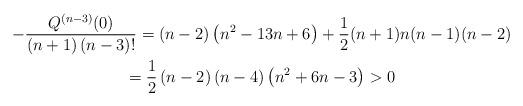
LaTeX: \begin{gather*}-\dfrac{Q^{(n-3)}(0)}{\left( n+1\right) (n-3)!}=(n-2)\left(n^{2}-13n+6\right) +\dfrac{1}{2}(n+1)n(n-1)(n-2) \\=\dfrac{1}{2}\left( n-2\right) \left( n-4\right) \left( n^{2}+6n-3\right) >0\end{gather*}